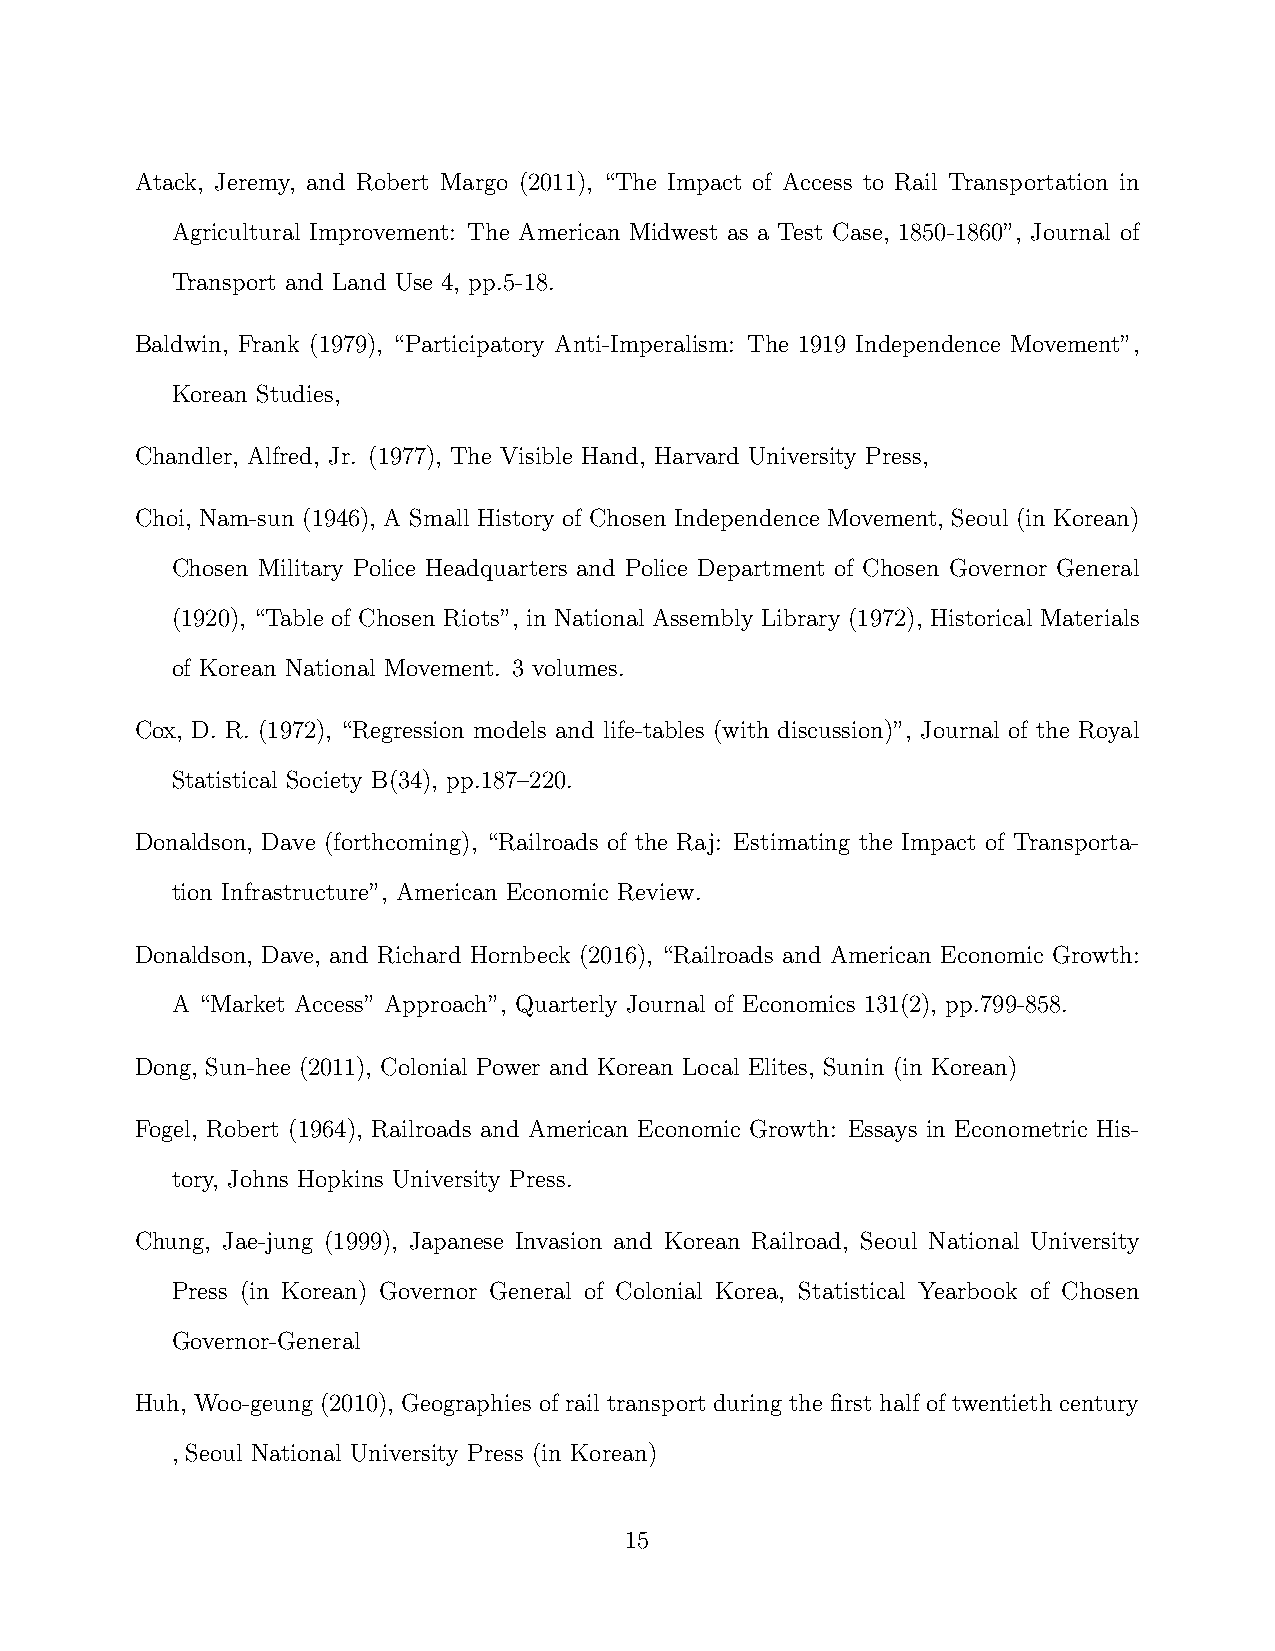
Atack, Jeremy, and Robert Margo (2011), “The Impact of Access to Rail Transportation in
 Agricultural Improvement: The American Midwest as a Test Case, 1850-1860”, Journal of
 Transport and Land Use 4, pp.5-18.
 Baldwin, Frank (1979), “Participatory Anti-Imperalism: The 1919 Independence Movement”,
 Korean Studies,
 Chandler, Alfred, Jr. (1977), The Visible Hand, Harvard University Press,
 Choi, Nam-sun (1946), A Small History of Chosen Independence Movement, Seoul (in Korean)
 Chosen Military Police Headquarters and Police Department of Chosen Governor General
 (1920), “Table of Chosen Riots”, in National Assembly Library (1972), Historical Materials
 of Korean National Movement. 3 volumes.
 Cox, D. R. (1972), “Regression models and life-tables (with discussion)”, Journal of the Royal
 Statistical Society B(34), pp.187–220.
 Donaldson, Dave (forthcoming), “Railroads of the Raj: Estimating the Impact of Transporta-
 tion Infrastructure”, American Economic Review.
 Donaldson, Dave, and Richard Hornbeck (2016), “Railroads and American Economic Growth:
 A “Market Access” Approach”, Quarterly Journal of Economics 131(2), pp.799-858.
 Dong, Sun-hee (2011), Colonial Power and Korean Local Elites, Sunin (in Korean)
 Fogel, Robert (1964), Railroads and American Economic Growth: Essays in Econometric His-
 tory, Johns Hopkins University Press.
 Chung, Jae-jung (1999), Japanese Invasion and Korean Railroad, Seoul National University
 Press (in Korean) Governor General of Colonial Korea, Statistical Yearbook of Chosen
 Governor-General
 Huh, Woo-geung (2010), Geographies of rail transport during the first half of twentieth century
 , Seoul National University Press (in Korean)
 15